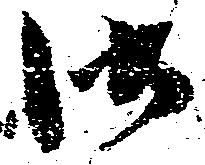
御